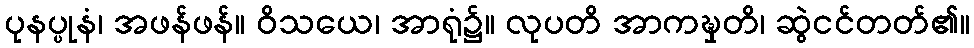
ပုနပ္ပုနံ၊ အဖန်ဖန်။ ဝိသယေ၊ အာရုံ၌။ လုပတိ အာကဍ္ဎှတိ၊ ဆွဲငင်တတ်၏။